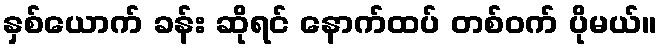
နှစ်ယောက် ခန်း ဆိုရင် နောက်ထပ် တစ်ဝက် ပိုမယ်။